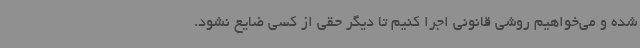
شده و می‌خواهیم روشی قانونی اجرا کنیم تا دیگر حقی از کسی ضایع نشود.